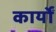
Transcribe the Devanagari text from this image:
कार्योँ